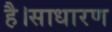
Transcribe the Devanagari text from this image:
है।साधारण